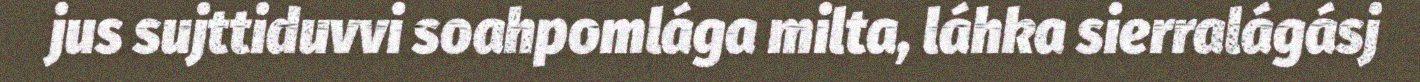
jus sujttiduvvi soahpomlága milta, láhka sierralágásj